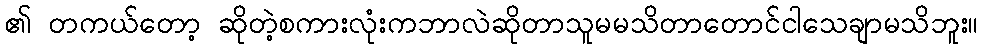
၏ တကယ်တော့ ဆိုတဲ့စကားလုံးကဘာလဲဆိုတာသူမမသိတာတောင်ငါသေချာမသိဘူး။